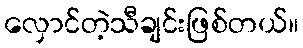
လှောင်တဲ့သီချင်းဖြစ်တယ်။